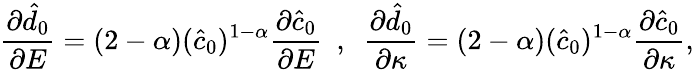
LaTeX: \frac{\partial\hat{d}_{0}}{\partial E}=(2-\alpha)(\hat{c}_{0})^{1-\alpha}\frac{\partial\hat{c}_{0}}{\partial E}~~,~~\frac{\partial\hat{d}_{0}}{\partial\kappa}=(2-\alpha)(\hat{c}_{0})^{1-\alpha}\frac{\partial\hat{c}_{0}}{\partial\kappa},